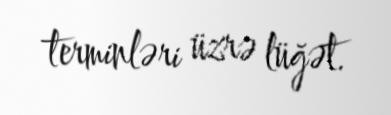
terminləri üzrə lüğət.